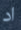
اد